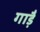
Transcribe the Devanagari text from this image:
गाड़ैं